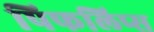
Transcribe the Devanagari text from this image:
पिफलिप्स